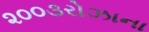
૨૦૦૩રોઝાના